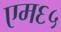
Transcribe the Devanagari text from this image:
एम६५